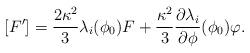
LaTeX: \begin{align*}[F']= \frac{2 \kappa^2}{3} \lambda_i (\phi_0) F + \frac{\kappa^2}{3} \frac{\partial \lambda_i}{\partial \phi}(\phi_0) \varphi .\end{align*}